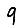
Digit: 9